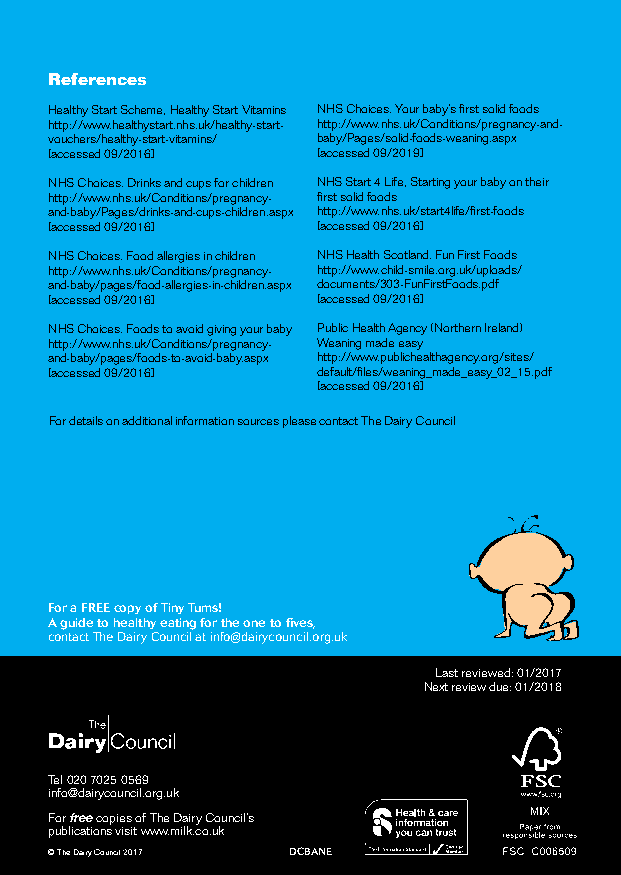
References
 Healthy Start Scheme, Healthy Start Vitamins NHS Choices. Your baby’s first solid foods
 http://www.healthystart.nhs.uk/healthy-start- http://www.nhs.uk/Conditions/pregnancy-and-
 vouchers/healthy-start-vitamins/ baby/Pages/solid-foods-weaning.aspx
 [accessed 09/2016] [accessed 09/2019]
 NHS Choices. Drinks and cups for children NHS Start 4 Life, Starting your baby on their
 http://www.nhs.uk/Conditions/pregnancy- first solid foods
 and-baby/Pages/drinks-and-cups-children.aspx http://www.nhs.uk/start4life/first-foods
 [accessed 09/2016] [accessed 09/2016]
 NHS Choices. Food allergies in children NHS Health Scotland. Fun First Foods
 http://www.nhs.uk/Conditions/pregnancy- http://www.child-smile.org.uk/uploads/
 and-baby/pages/food-allergies-in-children.aspx documents/303-FunFirstFoods.pdf
 [accessed 09/2016] [accessed 09/2016]
 NHS Choices. Foods to avoid giving your baby Public Health Agency (Northern Ireland)
 http://www.nhs.uk/Conditions/pregnancy- Weaning made easy
 and-baby/pages/foods-to-avoid-baby.aspx http://www.publichealthagency.org/sites/
 [accessed 09/2016] default/files/weaning_made_easy_02_15.pdf
 [accessed 09/2016]
 For details on additional information sources please contact The Dairy Council
 For a FREE copy of Tiny Tums!
 A guide to healthy eating for the one to fives,
 contact The Dairy Council at info@dairycouncil.org.uk
 Last reviewed: 01/2017
 Next review due: 01/2018
 Tel 020 7025 0569
 info@dairycouncil.org.uk
 For free copies of The Dairy Council’s
 publications visit www.milk.co.uk
 © The Dairy Council 2017 DCBANE